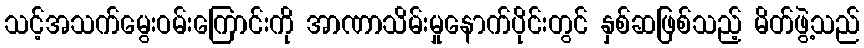
သင့်အသက်မွေးဝမ်းကြောင်းကို အာဏာသိမ်းမှုနောက်ပိုင်းတွင် နှစ်ဆဖြစ်သည့် မိတ်ဖွဲ့သည်